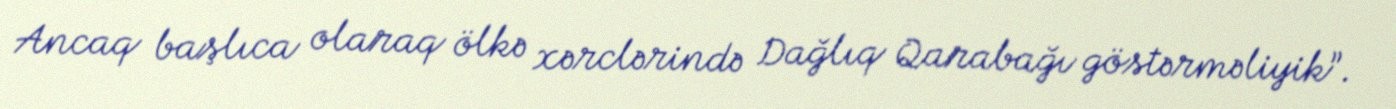
Ancaq başlıca olaraq ölkə xərclərində Dağlıq Qarabağı göstərməliyik”.